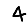
Digit: 4